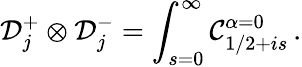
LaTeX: {\cal D}_{j}^{+}\otimes{\cal D}_{j}^{-}=\int_{s=0}^{\infty}{\cal C}_{1/2+is}^{\alpha=0}\, .